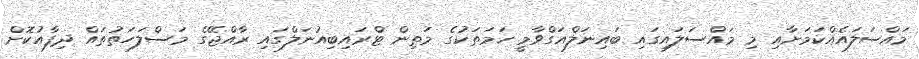
މައްސަލައެއްކަމަށާއި މި މައްސަލައިގައި ބައިނަލްއަގްވާމީ ހަމަތަކުގެ މަތިން ޓްރައިބިއުނަލްގައި ރާއްޖޭގެ މަސްލަހަތުތައް ދިފާއުކޮށް